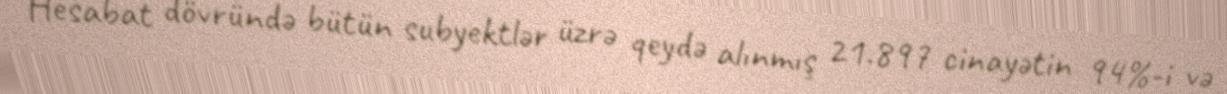
Hesabat dövründə bütün subyektlər üzrə qeydə alınmış 21.897 cinayətin 94%-i və